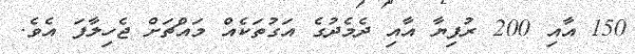
150 އާއި 200 ރުފިޔާ އާއި ދެމެދުގެ އަގުތަކެއް މައްޗަށް ޖެހިލާފަ އެވެ.